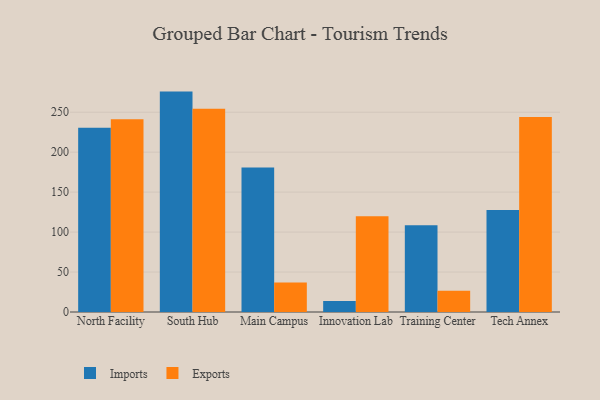
{"axis": {"x": "Campus", "y": "LTV (USD)"}, "legend": ["Exports", "Imports"], "data": [{"x": "North Facility", "y": 230.7, "type": "Imports"}, {"x": "North Facility", "y": 241.3, "type": "Exports"}, {"x": "South Hub", "y": 275.8, "type": "Imports"}, {"x": "South Hub", "y": 254.4, "type": "Exports"}, {"x": "Main Campus", "y": 180.7, "type": "Imports"}, {"x": "Main Campus", "y": 37.0, "type": "Exports"}, {"x": "Innovation Lab", "y": 13.8, "type": "Imports"}, {"x": "Innovation Lab", "y": 119.7, "type": "Exports"}, {"x": "Training Center", "y": 108.5, "type": "Imports"}, {"x": "Training Center", "y": 26.7, "type": "Exports"}, {"x": "Tech Annex", "y": 127.5, "type": "Imports"}, {"x": "Tech Annex", "y": 243.9, "type": "Exports"}]}